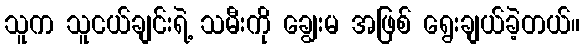
သူက သူငယ်ချင်းရဲ့ သမီးကို ချွေးမ အဖြစ် ရွေးချယ်ခဲ့တယ်။